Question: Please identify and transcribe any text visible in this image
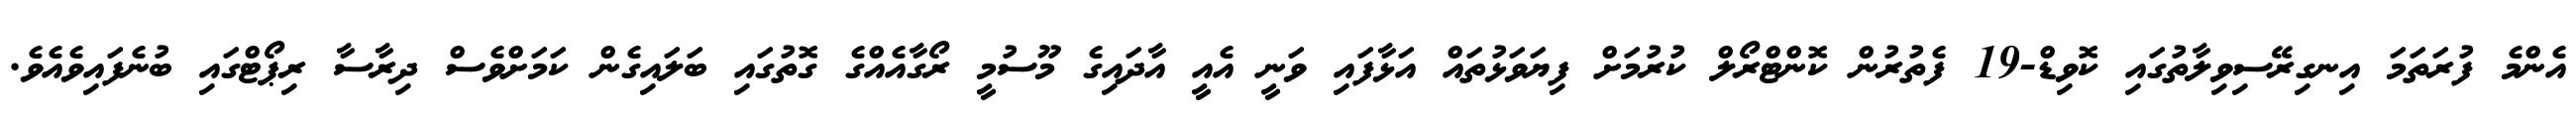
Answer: އެންމެ ފުރަތަމަ އިނގިރޭސިވިލާތުގައި ކޮވިޑް-19 ފެތުރުން ކޮންޓްރޯލް ކުރުމަށް ފިޔަވަޅުތައް އަޅާފައި ވަނީ އެއީ އާދައިގެ މޫސުމީ ރޯގާއެއްގެ ގޮތުގައި ބަލައިގެން ކަމަށްވެސް ދިރާސާ ރިޕޯޓްގައި ބުނެފައިވެއެވެ.